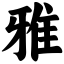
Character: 雅